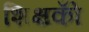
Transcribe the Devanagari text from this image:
शिक्षकोँ